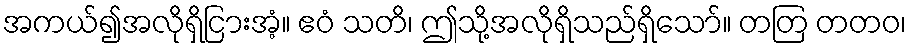
အကယ်၍အလိုရှိငြားအံ့။ ဧဝံ သတိ၊ ဤသို့အလိုရှိသည်ရှိသော်။ တတြ တတဝ၊